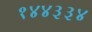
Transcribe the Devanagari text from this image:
१४४३३४